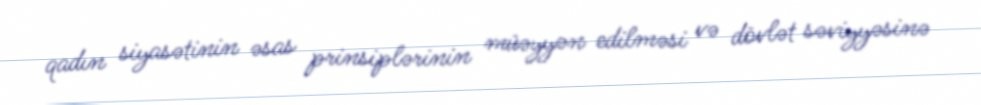
qadın siyasətinin əsas prinsiplərinin müəyyən edilməsi və dövlət səviyyəsinə